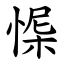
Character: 㥡